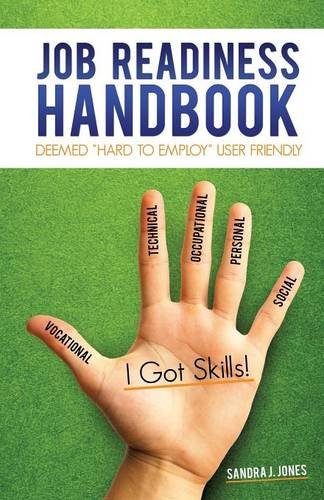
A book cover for Job Readiness Handbook; Sandra J. Jones; Education & Teaching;